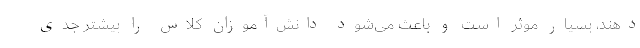
دهند، بسیار موثر است و باعث می‌شود دانش‌آموزان کلاس را بیشتر جدی